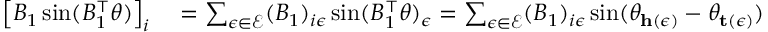
\begin{array} { r l } { \left[ B _ { 1 } \sin ( B _ { 1 } ^ { \top } \theta ) \right] _ { i } } & { { } = \sum _ { \epsilon \in \mathcal { E } } ( B _ { 1 } ) _ { i \epsilon } \sin ( B _ { 1 } ^ { \top } \theta ) _ { \epsilon } = \sum _ { \epsilon \in \mathcal { E } } ( B _ { 1 } ) _ { i \epsilon } \sin ( \theta _ { \mathbf { h } ( \epsilon ) } - \theta _ { \mathbf { t } ( \epsilon ) } ) } \end{array}